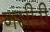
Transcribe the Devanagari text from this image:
नसीरी